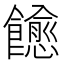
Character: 𬲠